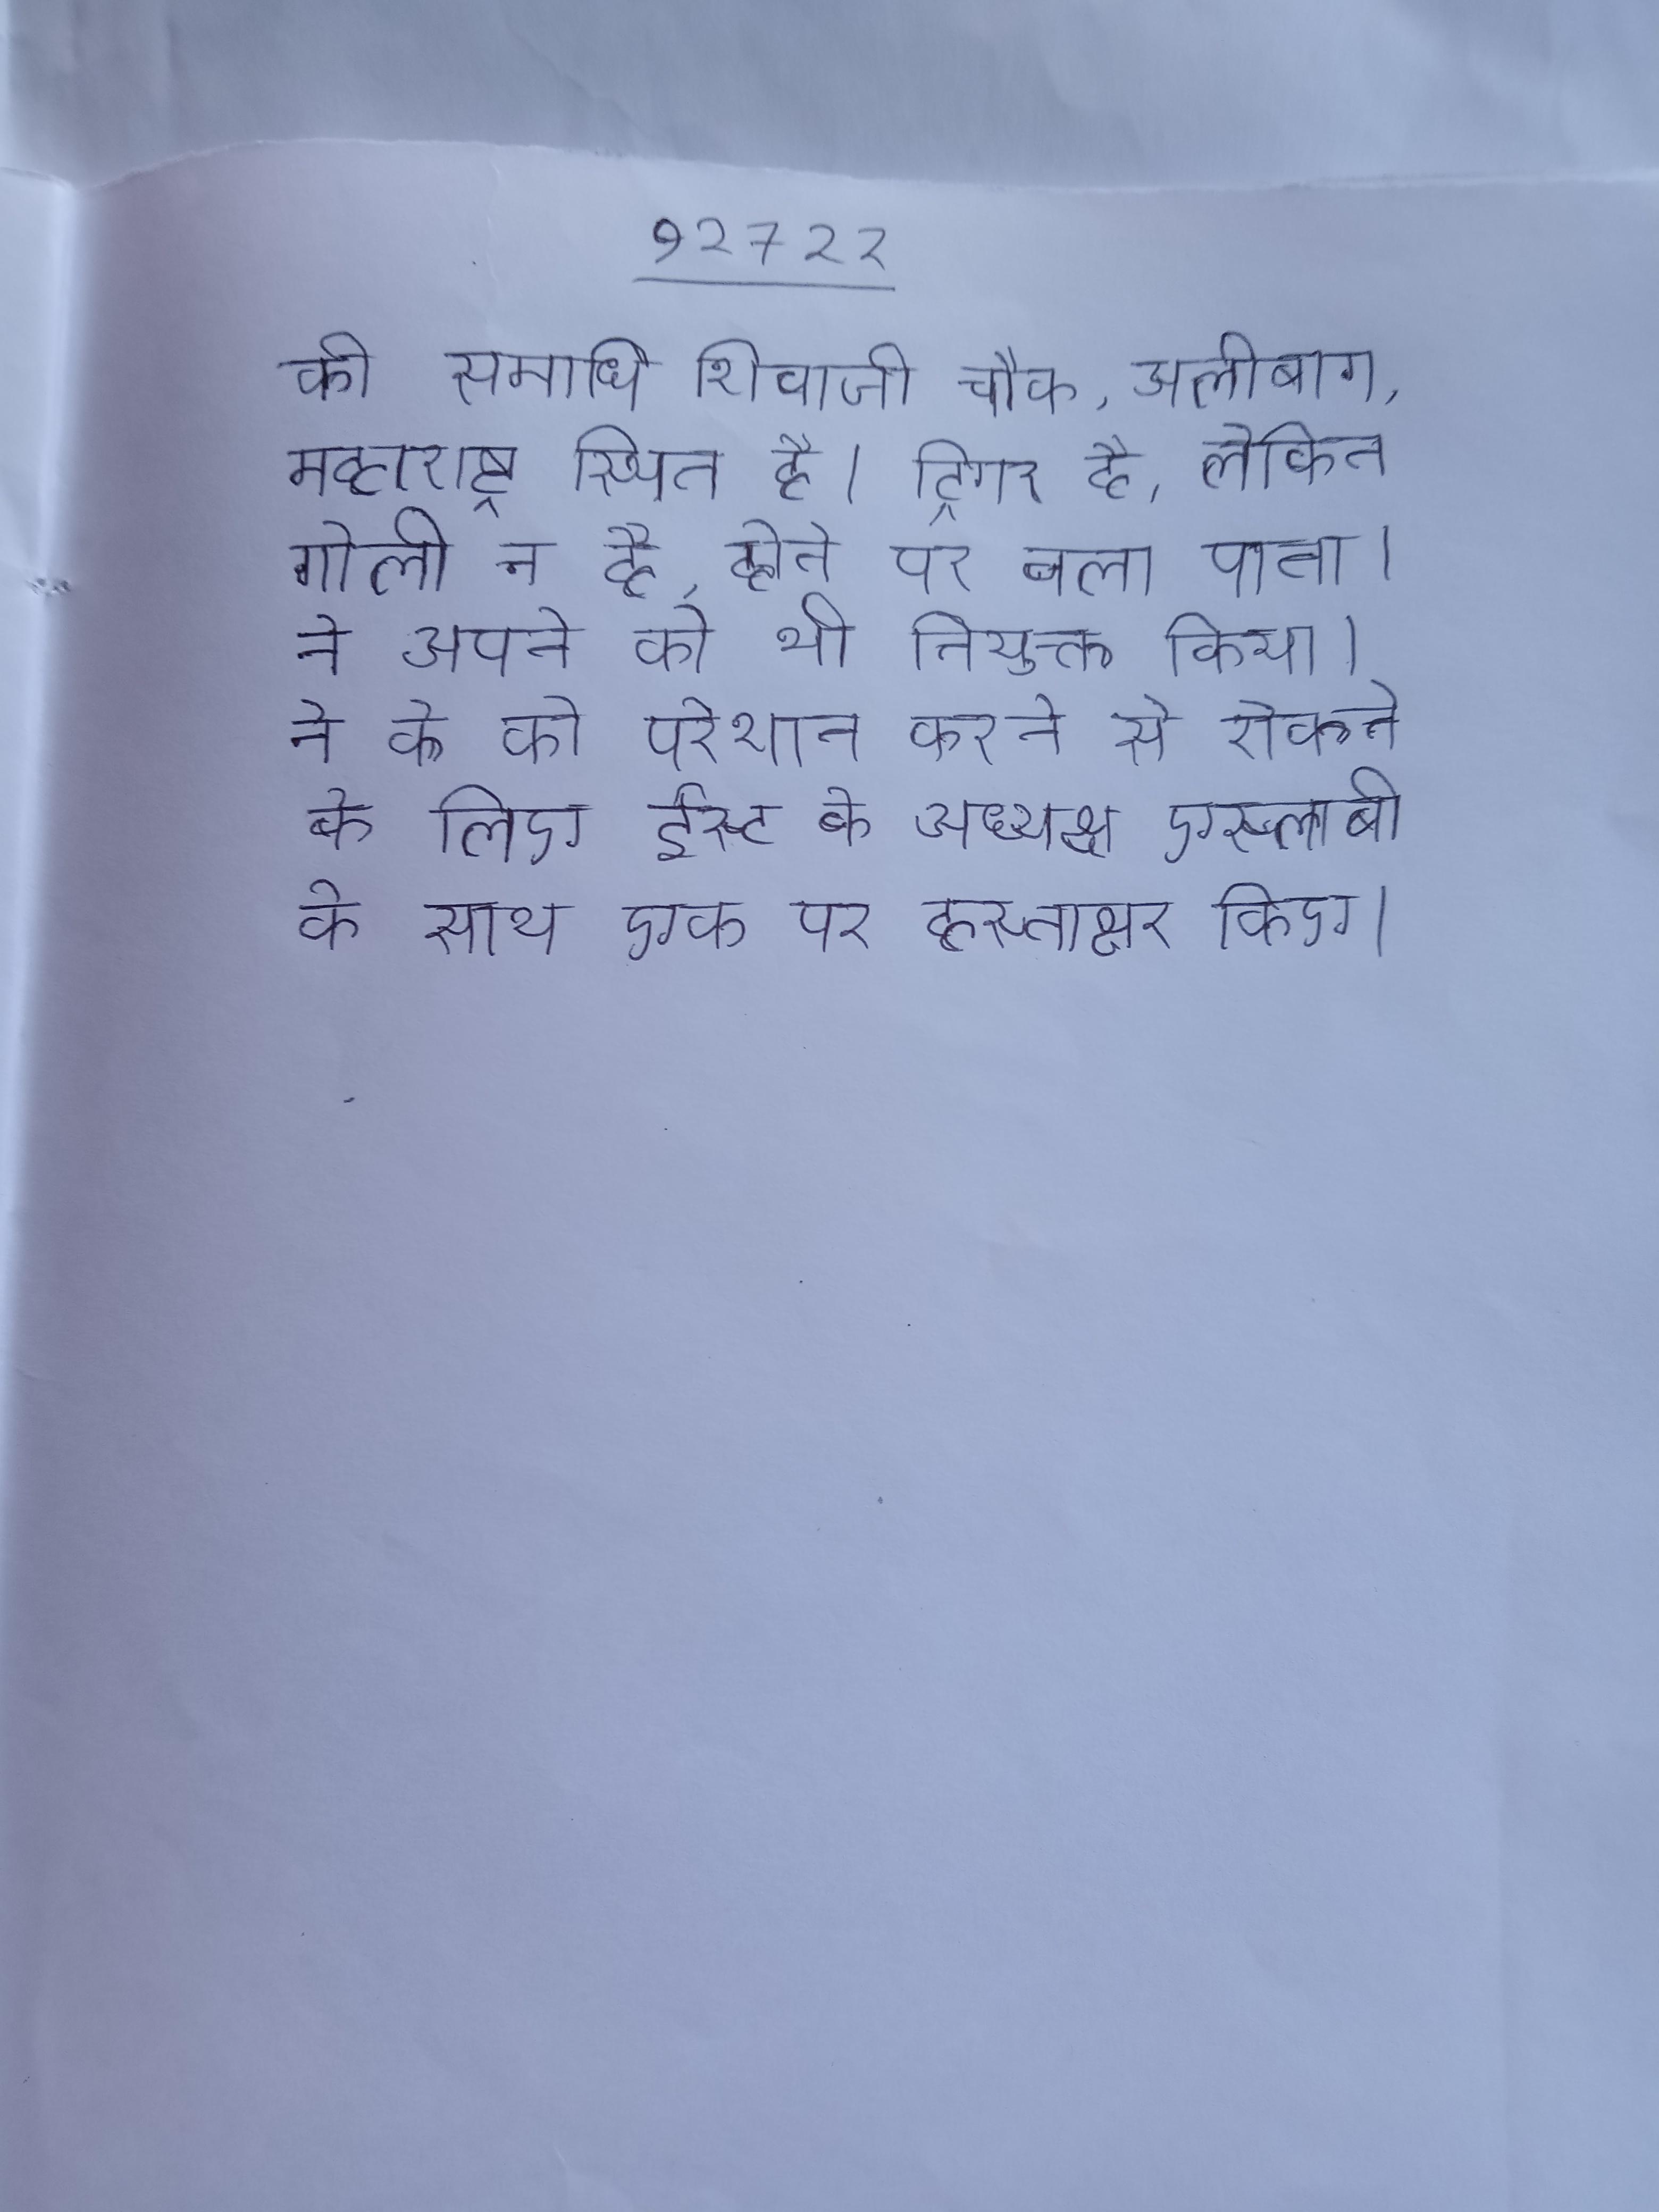
की समाधि शिवाजी चौक, अलीबाग, महाराष्ट्र स्थित है । ट्रिगर है, लेकिन गोली न होने पर चला पाता । ने अपने को करने को डच को भी नियुक्त किया । ने के को परेशान करने से रोकने के लिए ईस्ट के अध्यक्ष एस्लाबी के साथ एक पर हस्ताक्षर किए ।